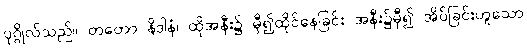
ပုဂ္ဂိုလ်သည်။ တတော နိဒါနံ၊ ထိုအနီး၌ မှီ၍ထိုင်နေခြင်း အနီး၌မှီ၍ အိပ်ခြင်းဟူသော